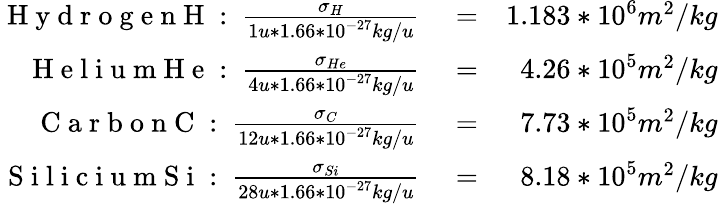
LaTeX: \begin{array}{rlr}{\mathrm{~H~y~d~r~o~g~e~n~H~:~}\frac{\sigma_{H}}{1u*1.66*10^{-27}kg/u}}&{{}=}&{1.183*10^{6}m^{2}/kg}\\ {\mathrm{~H~e~l~i~u~m~H~e~:~}\frac{\sigma_{He}}{4u*1.66*10^{-27}kg/u}}&{{}=}&{4.26*10^{5}m^{2}/kg}\\ {\mathrm{~C~a~r~b~o~n~C~:~}\frac{\sigma_{C}}{12u*1.66*10^{-27}kg/u}}&{{}=}&{7.73*10^{5}m^{2}/kg}\\ {\mathrm{~S~i~l~i~c~i~u~m~S~i~:~}\frac{\sigma_{Si}}{28u*1.66*10^{-27}kg/u}}&{{}=}&{8.18*10^{5}m^{2}/kg}\end{array}